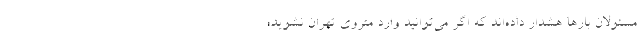
مسئولان بارها هشدار داده‌اند که اگر می‌توانید وارد متروی تهران نشوید؛